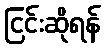
ငြင်းဆိုရန်